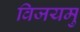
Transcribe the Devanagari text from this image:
विजयमु